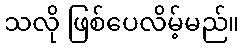
သလို ဖြစ်ပေလိမ့်မည်။